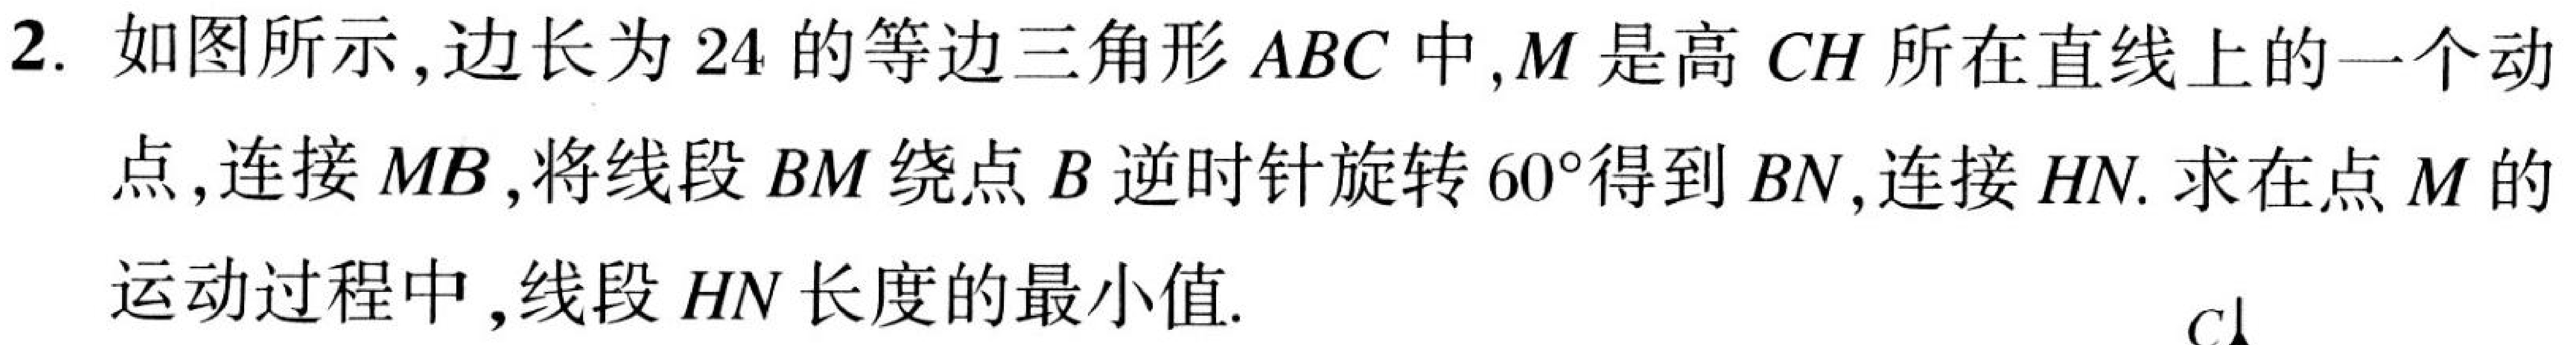
2. 如图所示,边长为$24$的等边三角形$ABC$中,$M$是高$CH$所在直线上的一个动
点,连接$MB$,将线段$BM$绕点$B$逆时针旋转$60^{\circ}$得到$BN$,连接$HN$.求在点$M$的
运动过程中,线段$HN$长度的最小值.